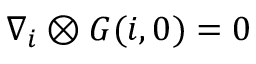
\boldsymbol { \nabla } _ { \boldsymbol { i } } \otimes \boldsymbol { G } ( { \boldsymbol { i } } , \boldsymbol { 0 } ) = \boldsymbol { 0 }